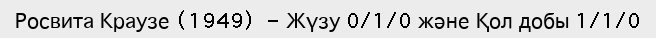
Росвита Краузе (1949)  - Жүзу 0/1/0 және Қол добы 1/1/0